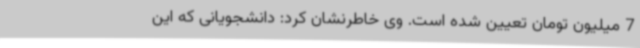
7 میلیون تومان تعیین شده است. وی خاطرنشان کرد: دانشجویانی که این